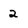
Character: 2